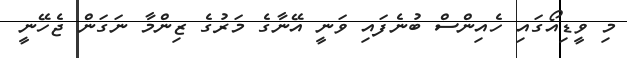
މި ވީޑިއޯގައި ހެއިންސް ބުނެފައި ވަނީ އޭނާގެ މަރުގެ ޒިންމާ ނަގަން ޖެހޭނީ